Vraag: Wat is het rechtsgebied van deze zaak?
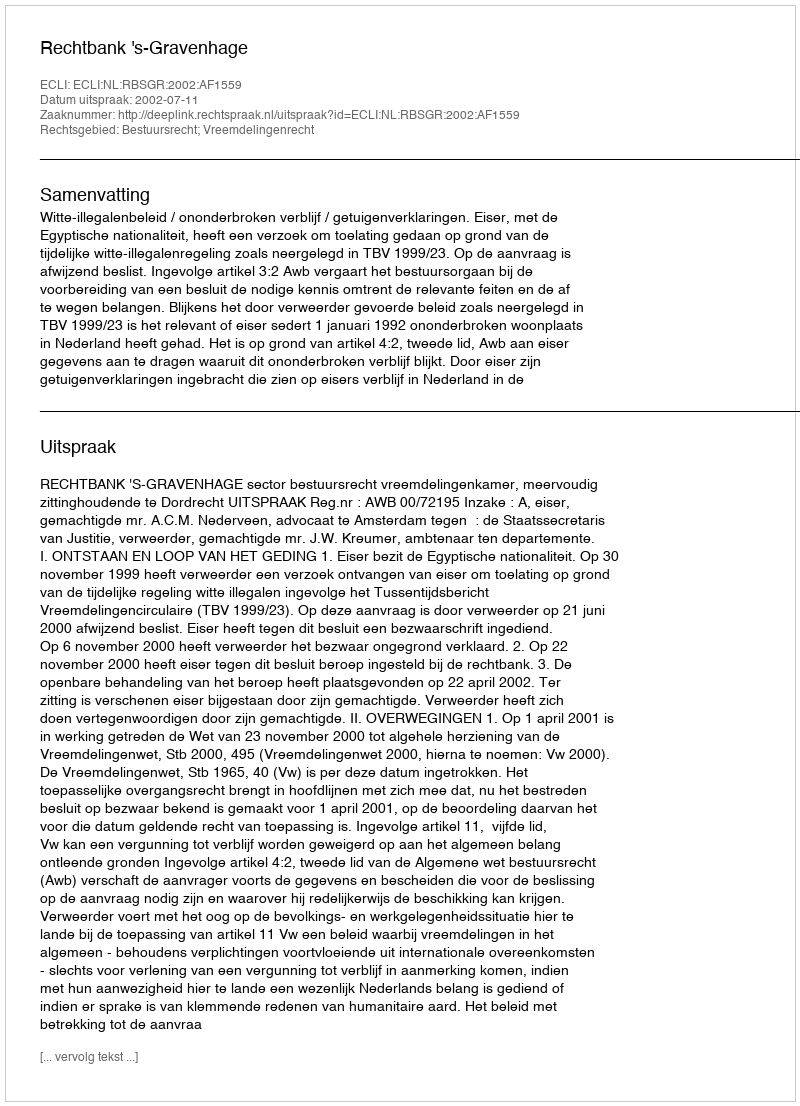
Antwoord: Bestuursrecht; Vreemdelingenrecht